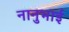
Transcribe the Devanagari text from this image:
नानुभाई